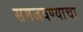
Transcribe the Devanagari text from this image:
समजवण्याचा